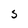
Character: S